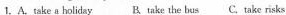
1.A. take a holiday B. take the bus C. take risks